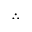
\therefore